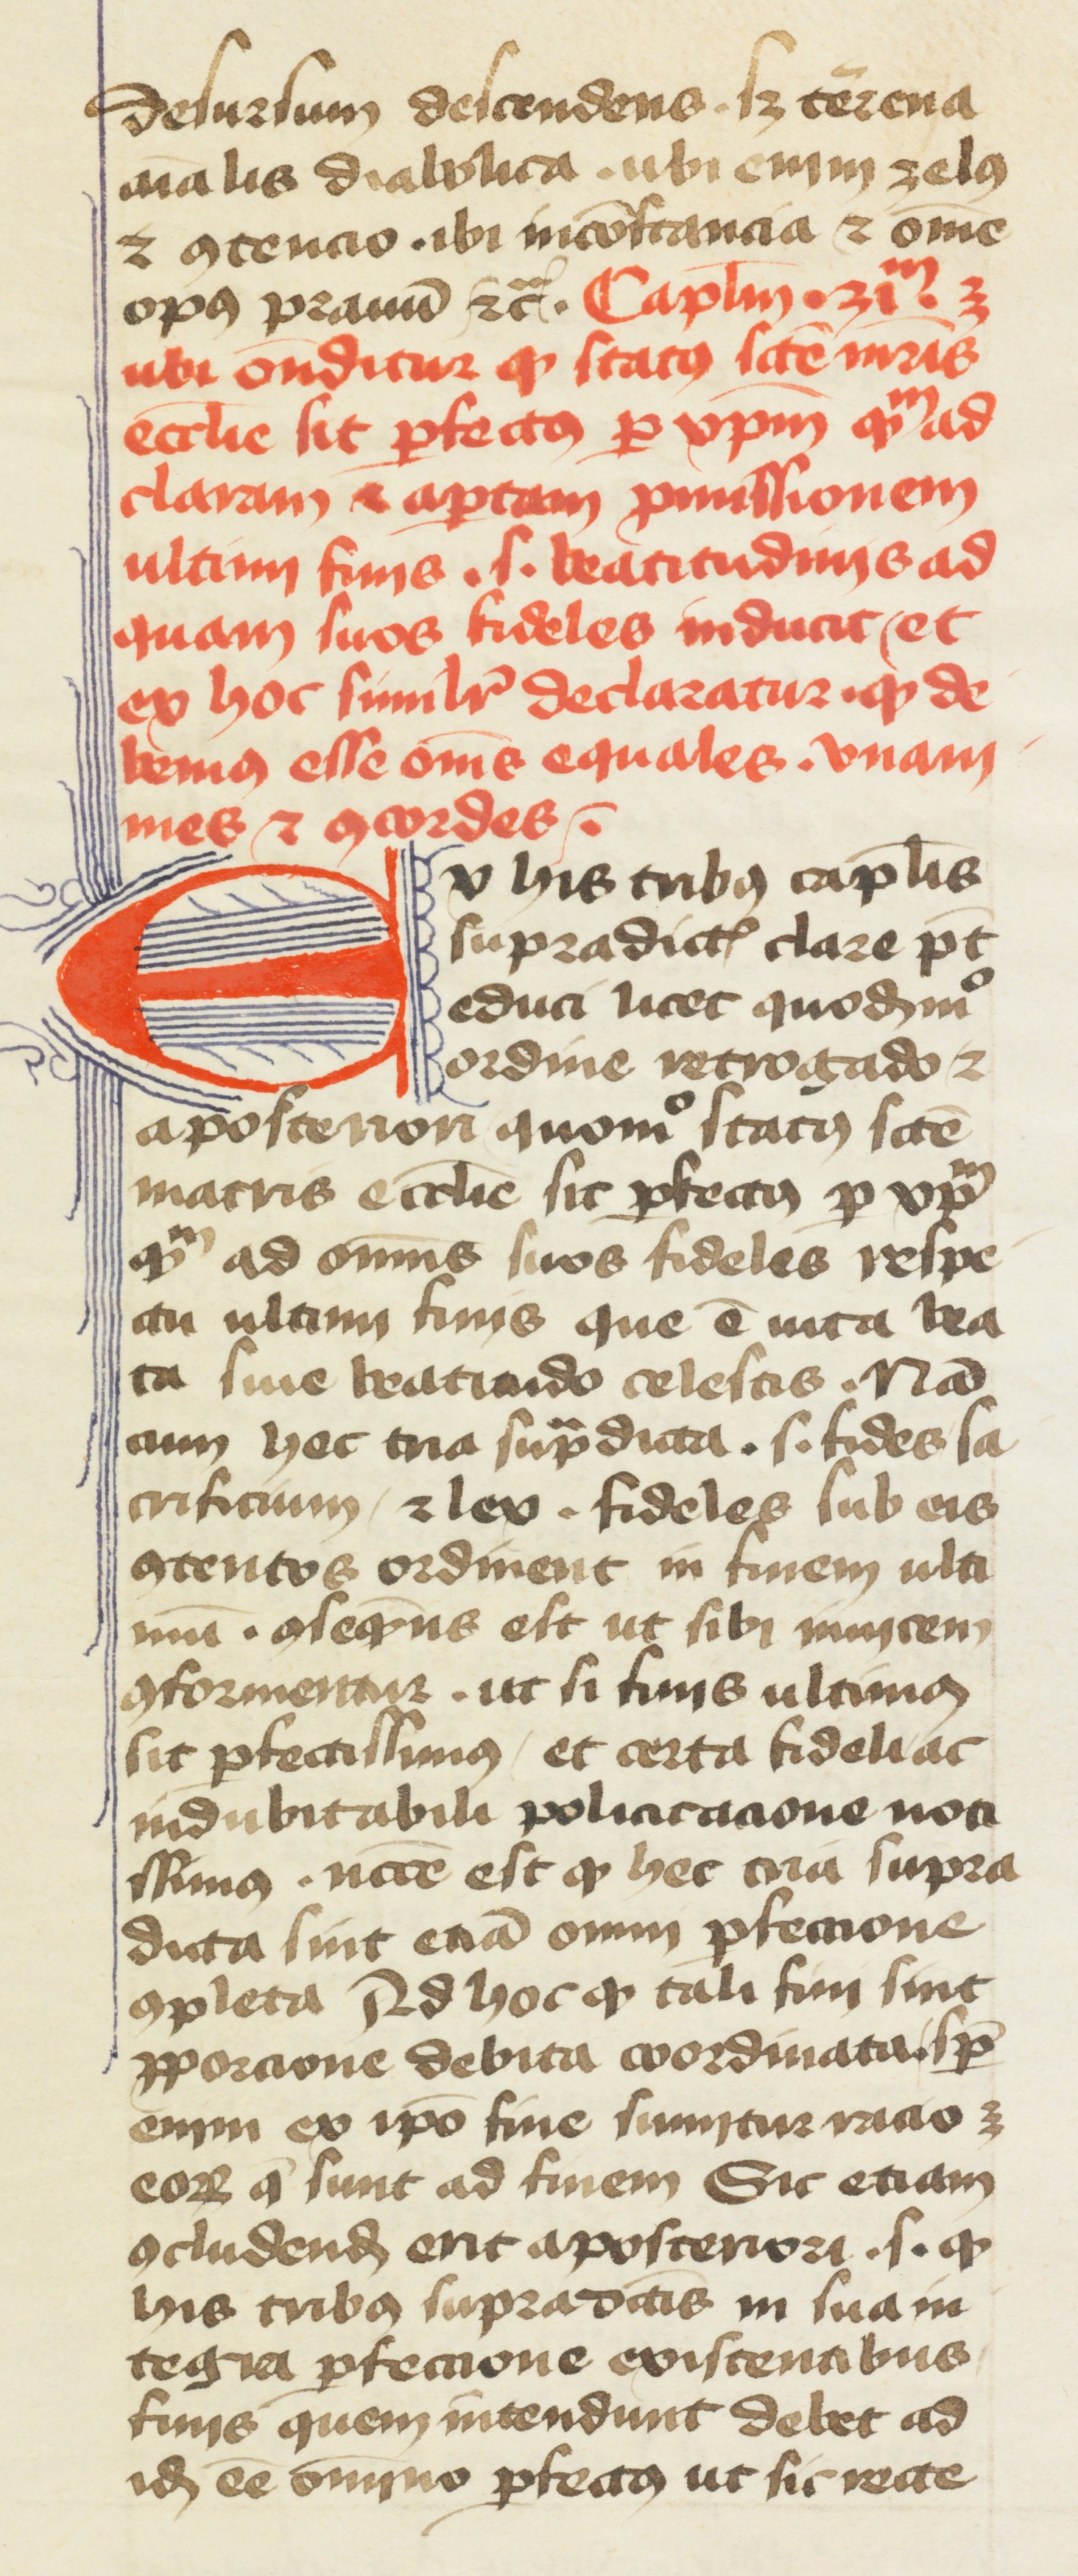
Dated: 1400–1499